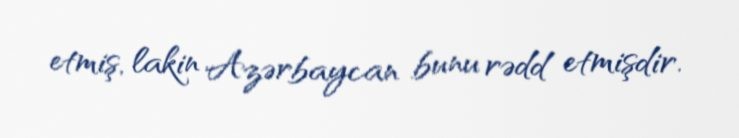
etmiş, lakin Azərbaycan bunu rədd etmişdir.